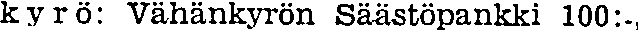
kyrö: Vähänkyrön Säästöpankki 100:-